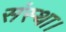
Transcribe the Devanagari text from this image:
संस्था।